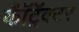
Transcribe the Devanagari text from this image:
कॉँट्रॅक्टर